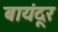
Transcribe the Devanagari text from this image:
बायंदूर